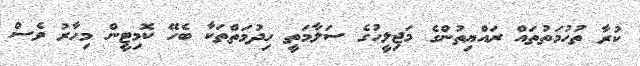
ކުރާ ތުހުމަތުތައް ރައްޔިތުންގެ މަޖިލީހުގެ ސަލާމަތީ ހިދުމަތްތަކާ ބެހޭ ކޮމިޓީން މިހާރު ވެސް